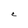
Character: C